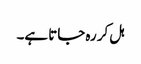
ہل کر رہ جاتا ہے۔